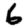
Digit: 6